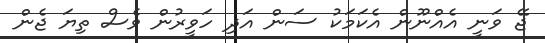
ޖޭ ވަނީ އެއްނޫން އެކަމަކު ސަން އަދި ހަވީރުން ވެސް ތިޔަ ޖެން